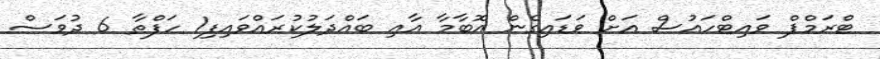
ޓްރަމްޕް ވައިޓްހައުސް އަށް ވަޑައިގެން އޮބާމާ އާއި ބައްދަލުކުރައްވައިފި1 ހަފްތާ 6 ދުވަސް